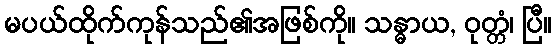
မပယ်ထိုက်ကုန်သည်၏အဖြစ်ကို။ သန္ဓာယ, ဝုတ္တံ၊ ပြီ။